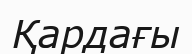
Қардағы